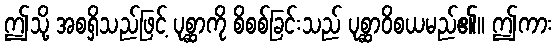
ဤသို့ အစရှိသည်ဖြင့် ပုစ္ဆာကို စိစစ်ခြင်းသည် ပုစ္ဆာဝိစယမည်၏။ ဤကား